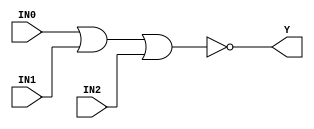
//------------------------------------------------------
// Copyright 1992, 1993 Cascade Design Automation Corporation.
//------------------------------------------------------
module dpnor3(IN0,IN1,IN2,Y);
  parameter BIT = 0;
  parameter COLINST = "0";
  parameter GROUP = "dpath1";
  parameter
        d_IN0_r = 0,
        d_IN0_f = 0,
        d_IN1_r = 0,
        d_IN1_f = 0,
        d_IN2_r = 0,
        d_IN2_f = 0,
        d_Y_r = 1,
        d_Y_f = 1;
  input  IN0;
  input  IN1;
  input  IN2;
  output  Y;
  wire  IN0_temp;
  wire  IN1_temp;
  wire  IN2_temp;
  reg  Y_temp;
  assign #(d_IN0_r,d_IN0_f) IN0_temp = IN0;
  assign #(d_IN1_r,d_IN1_f) IN1_temp = IN1;
  assign #(d_IN2_r,d_IN2_f) IN2_temp = IN2;
  assign #(d_Y_r,d_Y_f) Y = Y_temp;
  always
    @(IN0_temp or IN1_temp or IN2_temp)
      Y_temp = ( ~ ((IN0_temp | IN1_temp) | IN2_temp));
endmodule